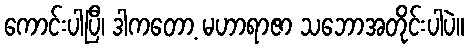
ကောင်းပါပြီ၊ ဒါကတော့ မဟာရာဇာ သဘောအတိုင်းပါပဲ။